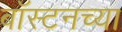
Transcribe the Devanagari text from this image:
बॉस्टनच्या